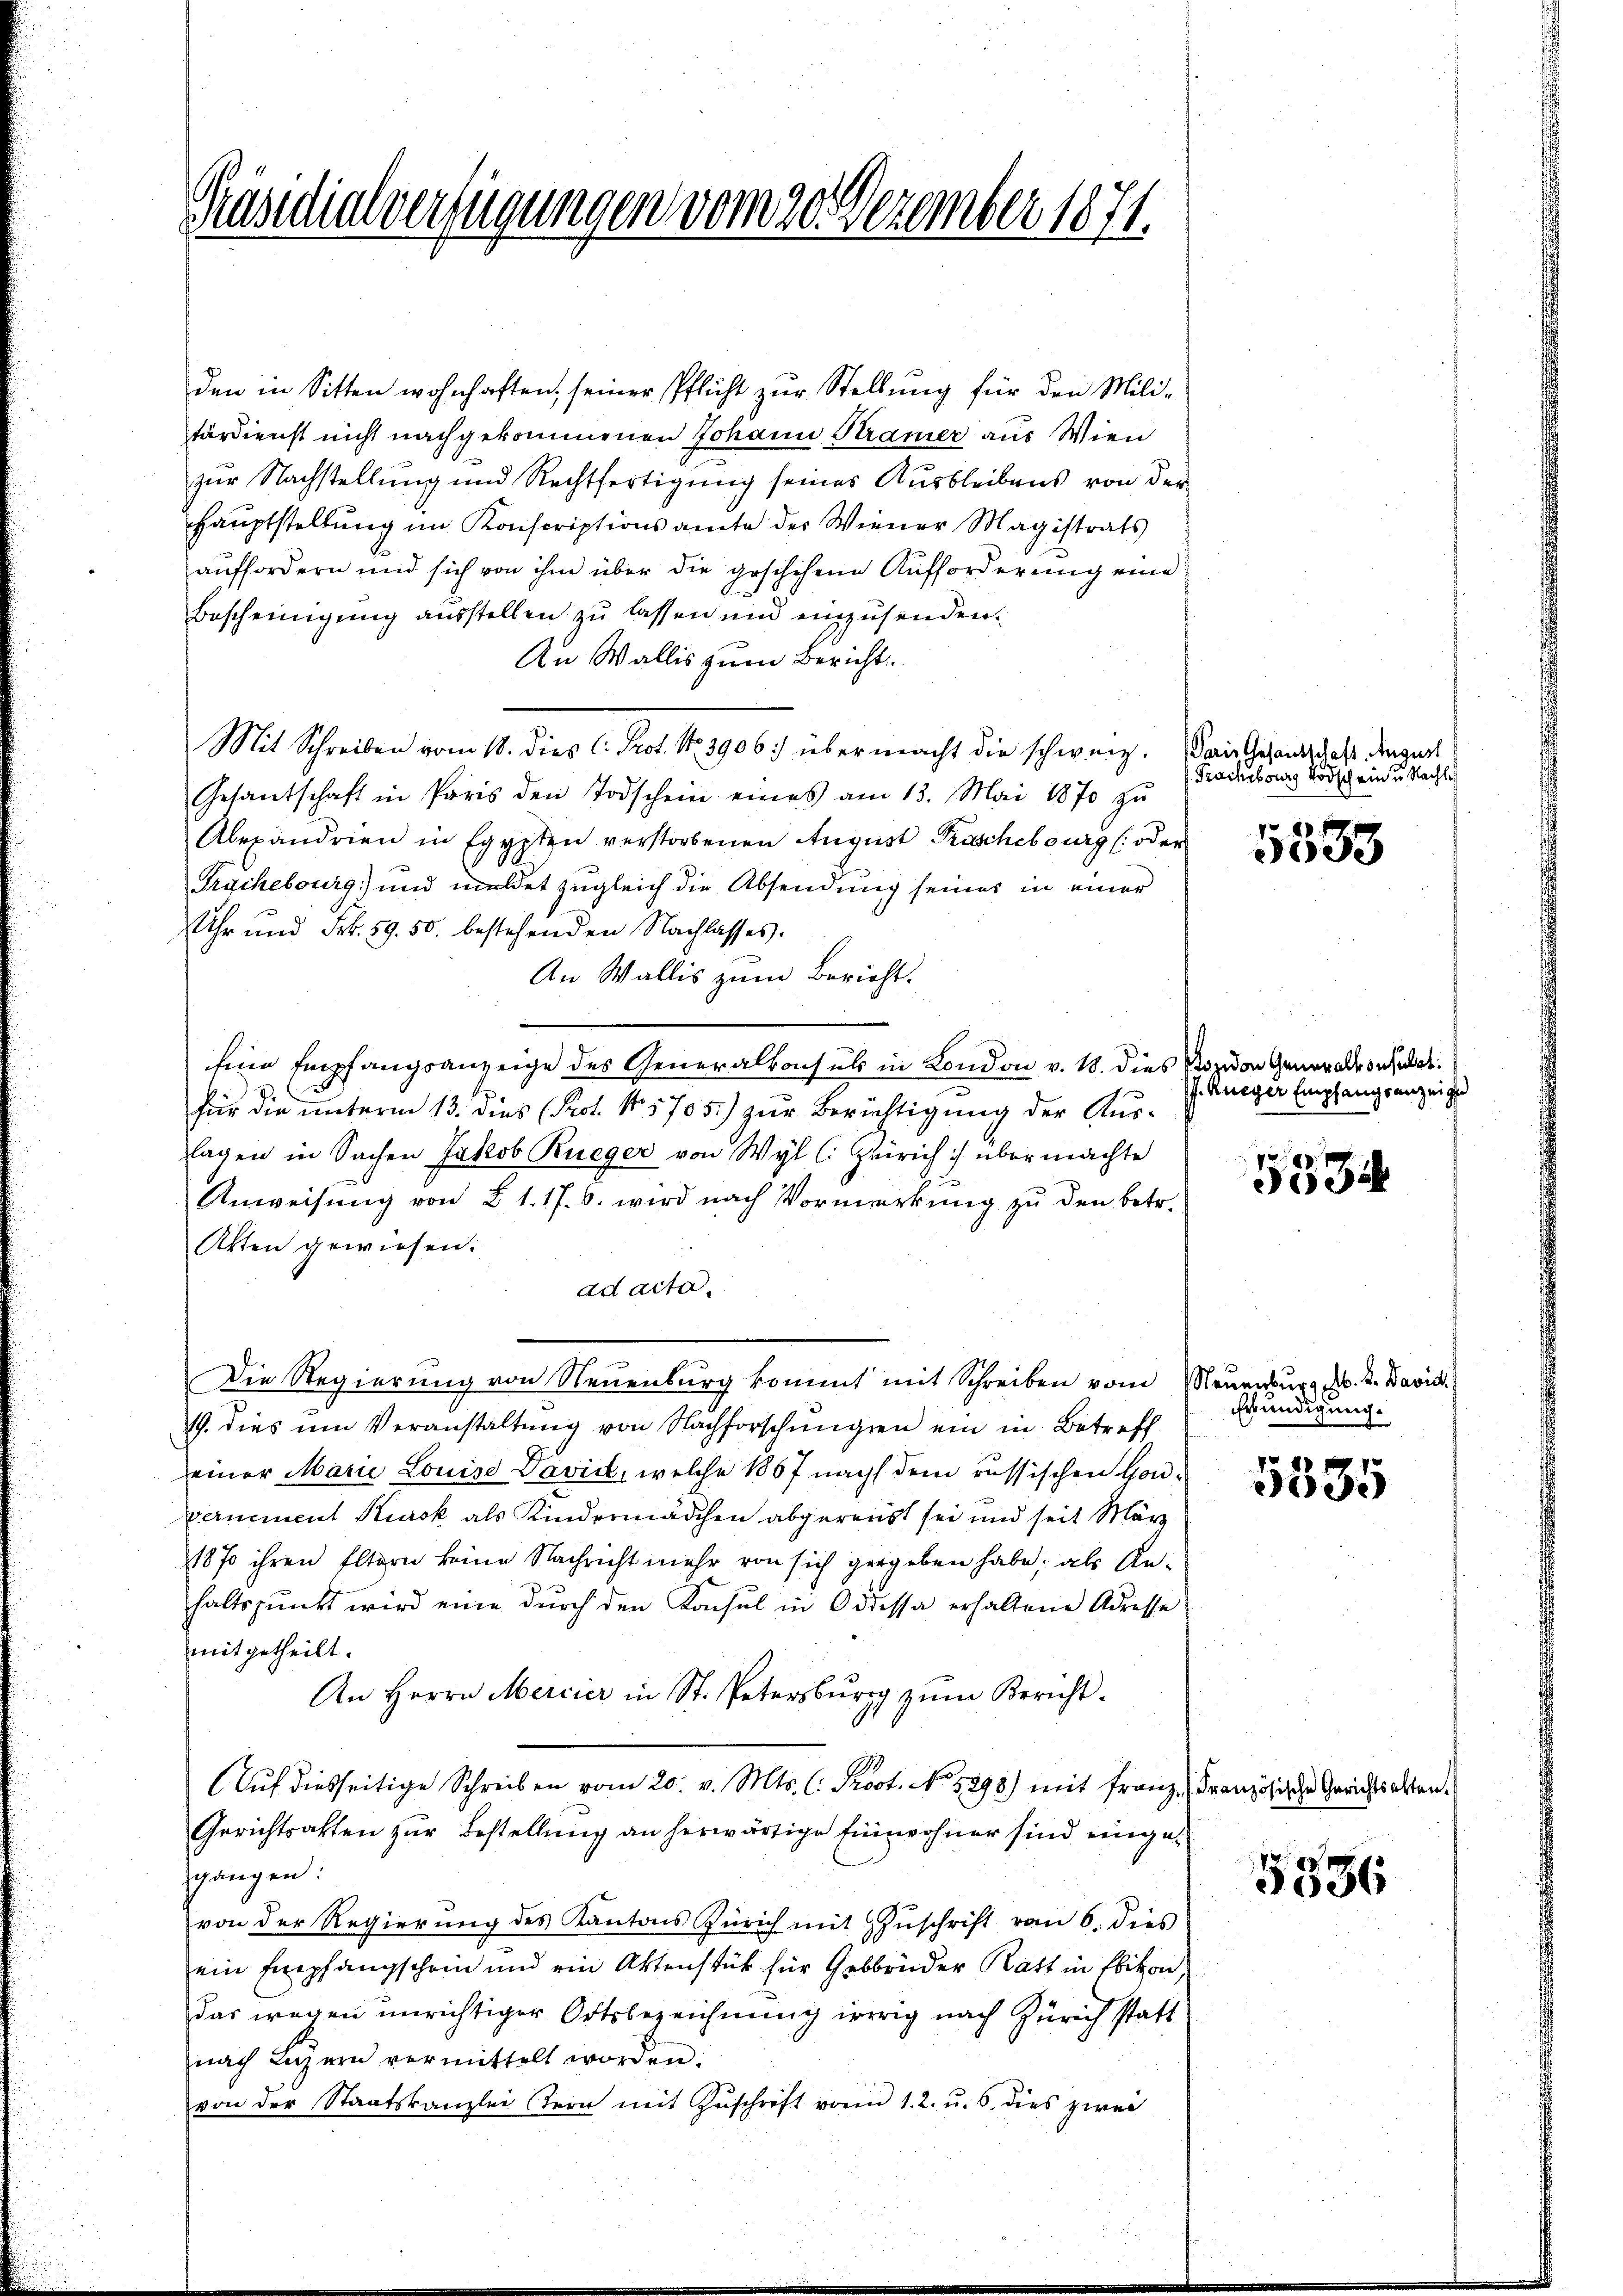
Präsidialverfügungen vom 20. Dezember 1871.

den in Sitten wohnhaften, seiner Pflicht zur Stellung für den Milifärdienst nicht nachgekommenen Johann Kramer aus Wien
zur Nachstellung und Rechtfertigung seines Ausbleibens von der
Hauptstellung im Konscriptionsamte der Wiener Magistrats
auffordern und sich von ihm über die geschehene Aufforderung eine
Bescheinigung ausstellen zu lassen und einzusenden.
An Wallis zum Bericht.
Mit Schreiben vom 18. dies C. Prot. No. 3906. über macht die schweiz.
Gesantschaft in Paris den Todschein eines am 13. Mai 1870 zŭ
Alexandrien in Egypten verstorbenen August Praschebourg (: oder
Trachebourg) und meldet zugleich die Absendung seines in einer
Uhr und Frk. 59. 50. bestehenden Nachlasses.
An Wallis zum Bericht.
Eine Empfangsanzeige des Generalkonsuls in London v. 18. dies Sozion Generalkonsulat
für die unterm 13. dies (Prot. N. 5705.) zur Berichtigung der Aus-
lagen in Sachen Jakob Rueger von Wyl (: Zürich übermachte
Anweisung von § 1. 17. 6. wird nach Vormerkung zu den betr.
Akten gewiesen:
ad acta.
Die Regierung von Neuenburg kommt mit Schreiben vom
19. dies um Veranstaltung von Nachforschungen ein in Betreff
einer Marie Louise Davidt, welche 1867 nach dem russischen Hon¬
Vernement Kursk als Kindermädchen abgereicht sei und seit März
1870 ihren Eltern keine Nachricht mehr von sich gergeben habe, als Anhaltspunkt wird eine dŭrch den Konsul in Oddessa erhaltene Adresse
mitgetheilt.
An Herrn Mercier in St. Petersburg zŭm Bericht-
Aŭf diesseitige Schreiben vom 20. v. Mts. C. Prost. No 1898) mit Franz, Französische Gerichtsalten¬
Gerichtsatten zur Bestellung an herwärtige Einwohner sind eingegangen:
von der Regierung des Kantons Zürich mit Zuschrift vom 6. dies
ein Empfangschein und ein Aktenstück für Gebrüder Ratt in Ebikon,
das wegen unrichtiger Ortsbezeichnung irrig nach Zürich statt
nach Luzern vermittelt worden.
von der Staatskanzlei tern mit Zŭschrift vom 1. 2. u. 6. dies zwei

Paris Gesandtschaft. August
Prachibours Todschein u. Nachte

88 f
3033

J. Rueger Empfangsanzeige

5334

Neuenburg M. D. David
Eründigung.

5535

5536